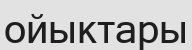
ойыктары